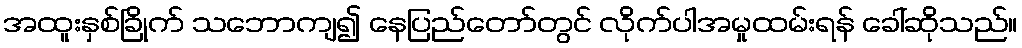
အထူးနှစ်ခြိုက် သဘောကျ၍ နေပြည်တော်တွင် လိုက်ပါအမှုထမ်းရန် ခေါ်ဆိုသည်။